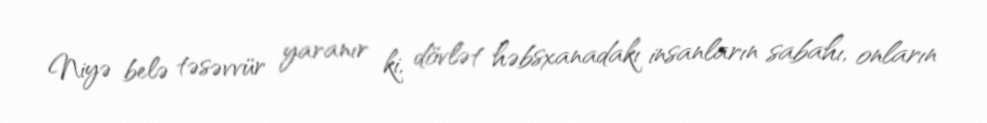
Niyə belə təsəvvür yaranır ki, dövlət həbsxanadakı insanların sabahı, onların